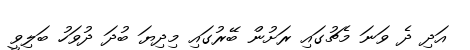
އަދި ދެ ވަނަ މެޗުގައި ރަށުން ބޭރުގައި މިދިޔަ ބުދަ ދުވަހު ބަލިވީ